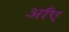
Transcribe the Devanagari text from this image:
आँए